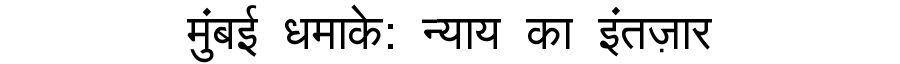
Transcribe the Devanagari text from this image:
मुंबई धमाके: न्याय का इंतज़ार